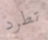
تطرد